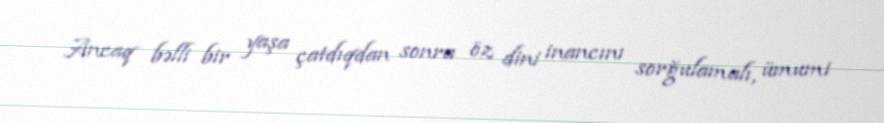
Ancaq bəlli bir yaşa çatdıqdan sonra öz dini inancını sorğulamalı, ümumi